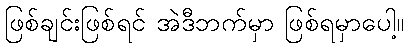
ဖြစ်ချင်းဖြစ်ရင် အဲဒီဘက်မှာ ဖြစ်ရမှာပေါ့။